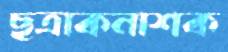
ছত্রাকনাশক